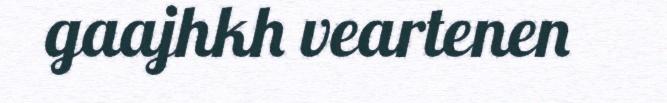
gaajhkh veartenen